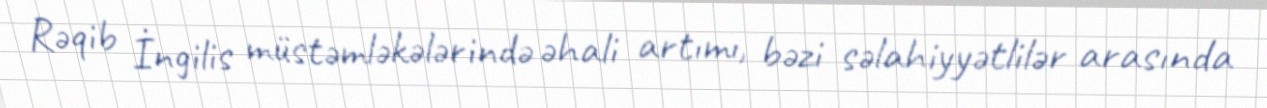
Rəqib İngilis müstəmləkələrində əhali artımı, bəzi səlahiyyətlilər arasında